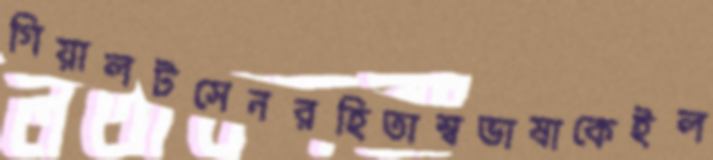
গিয়ালটসেনরহিতাস্বভাষাকেইল